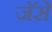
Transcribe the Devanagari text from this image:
जॅसे